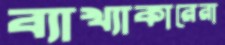
ব্যাখ্যাকারেরা